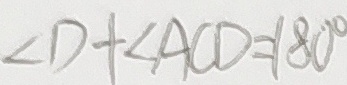
\angle D + \angle A C D = 1 8 0 ^ { \circ }